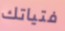
فتياتك